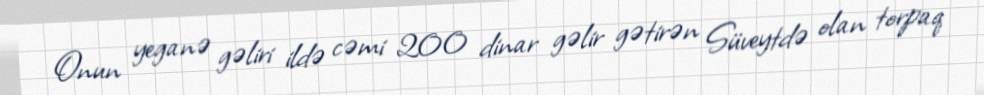
Onun yeganə gəliri ildə cəmi 200 dinar gəlir gətirən Süveytdə olan torpaq